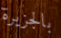
بالجزيرة